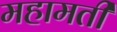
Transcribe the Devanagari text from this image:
महामती